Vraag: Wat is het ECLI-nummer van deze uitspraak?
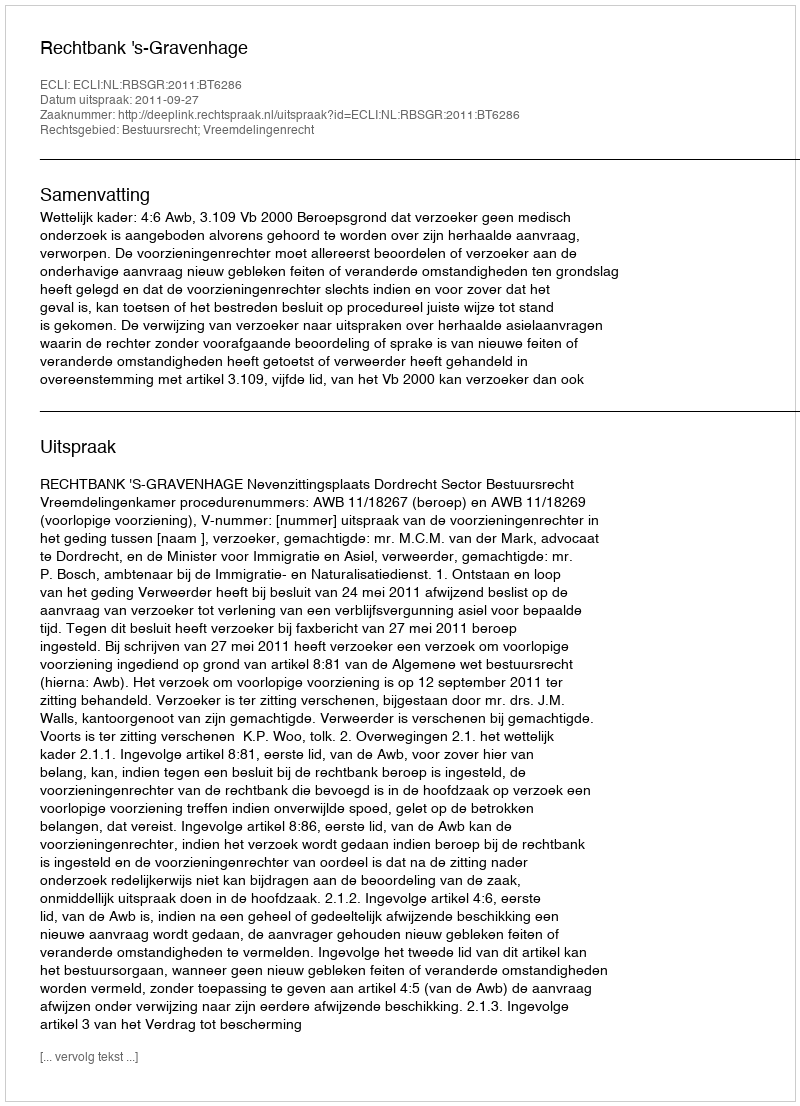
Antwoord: ECLI:NL:RBSGR:2011:BT6286